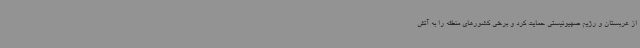
از عربستان و رژیم صهیونیستی حمایت کرد و برخی کشورهای منطقه را به آتش